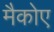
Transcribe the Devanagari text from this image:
मैकोए